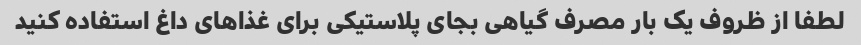
لطفا از ظروف یک بار مصرف گیاهی بجای پلاستیکی برای غذاهای داغ استفاده کنید